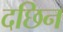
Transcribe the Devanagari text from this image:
दछिन